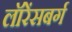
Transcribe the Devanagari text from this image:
लॉरेंसबर्ग